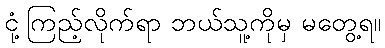
ငုံ့ကြည့်လိုက်ရာ ဘယ်သူ့ကိုမှ မတွေ့ရ။